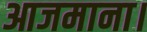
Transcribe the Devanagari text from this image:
आजमाना।